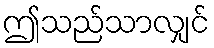
ဤသည်သာလျှင်